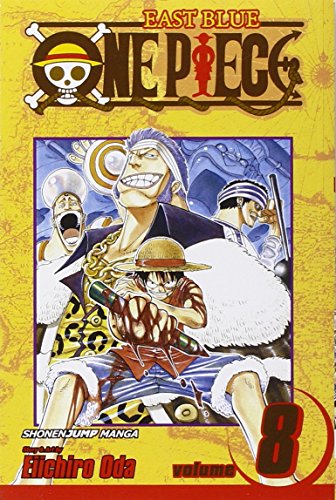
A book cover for One Piece, Vol. 8: I Won't Die; Eiichiro Oda; Comics & Graphic Novels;